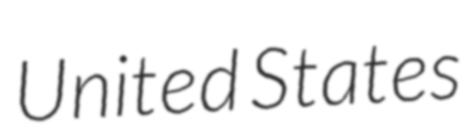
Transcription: United States